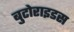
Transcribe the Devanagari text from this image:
बुटोराइडस